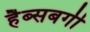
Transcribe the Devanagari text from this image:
हैब्सबर्गी